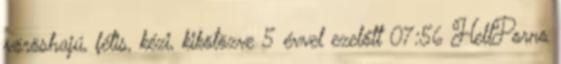
vöröshajú, fétis, kézi, kikötözve 5 évvel ezelőtt 07:56 HellPorno